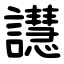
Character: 譿